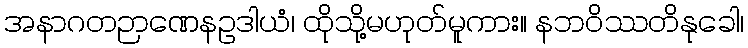
အနာဂတဉာဏေနဥဒါယံ၊ ထိုသို့မဟုတ်မူကား။ နဘဝိဿတိနုခေါ၊